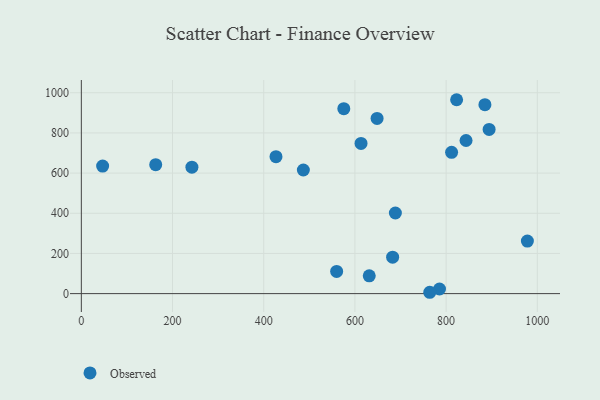
{"axis": {"x": "Ad Spend", "y": "Fuel Efficiency"}, "legend": ["Observed"], "data": [{"x": "978.2", "y": 261.4, "type": "Observed"}, {"x": "812.0", "y": 703.2, "type": "Observed"}, {"x": "46.7", "y": 635.2, "type": "Observed"}, {"x": "486.9", "y": 615.5, "type": "Observed"}, {"x": "823.0", "y": 965.3, "type": "Observed"}, {"x": "426.9", "y": 681.8, "type": "Observed"}, {"x": "559.9", "y": 110.7, "type": "Observed"}, {"x": "885.1", "y": 940.8, "type": "Observed"}, {"x": "575.6", "y": 920.5, "type": "Observed"}, {"x": "242.5", "y": 629.7, "type": "Observed"}, {"x": "785.5", "y": 23.0, "type": "Observed"}, {"x": "843.7", "y": 762.4, "type": "Observed"}, {"x": "613.4", "y": 747.8, "type": "Observed"}, {"x": "163.1", "y": 642.0, "type": "Observed"}, {"x": "631.4", "y": 88.6, "type": "Observed"}, {"x": "764.1", "y": 6.7, "type": "Observed"}, {"x": "682.7", "y": 181.5, "type": "Observed"}, {"x": "894.3", "y": 817.3, "type": "Observed"}, {"x": "648.6", "y": 872.0, "type": "Observed"}, {"x": "688.7", "y": 401.4, "type": "Observed"}]}